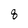
Character: 8